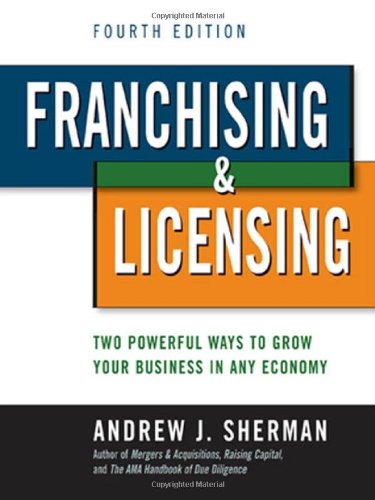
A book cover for Franchising & Licensing: Two Powerful Ways to Grow Your Business in Any Economy; Andrew J. Sherman; Business & Money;